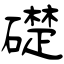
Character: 礎